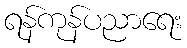
ရန်ကုန်ပညာရေး